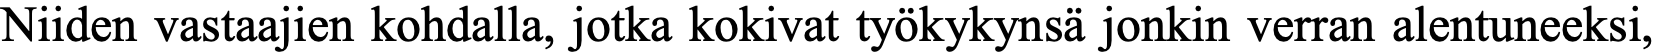
Niiden vastaajien kohdalla, jotka kokivat työkykynsä jonkin verran alentuneeksi,